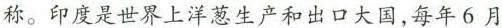
印度是世界上洋葱生产和出口大国，每年6月